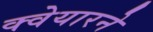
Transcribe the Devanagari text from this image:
क्वेयारने